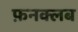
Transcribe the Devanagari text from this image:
फ़नक्लब